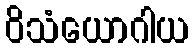
ဝိသံယောဂါယ